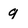
Character: q